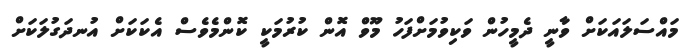
މައްސަލައަކަށް ވާނީ ދެމީހުން ވަކިވުމަށްފަހު މޫވް އޮން ކުރުމަކީ ކޮންމެވެސް އެކަކަށް އުނދަގުލަކަށް